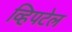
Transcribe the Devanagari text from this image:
व्हिपटेल